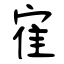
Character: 寉